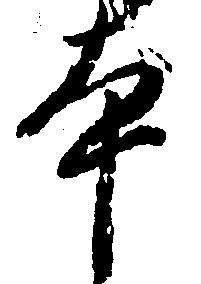
本